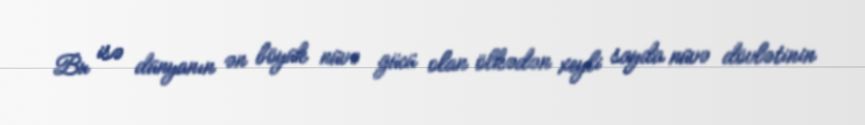
Bu isə dünyanın ən böyük nüvə gücü olan ölkədən xeyli sayda nüvə dövlətinin